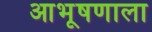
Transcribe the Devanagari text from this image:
आभूषणाला